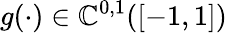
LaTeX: g(\cdot)\in\mathbb{C}^{0,1}([-1,1])